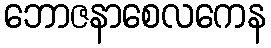
ဘောဇနာစေလကေန